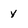
Character: y